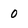
Character: O